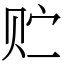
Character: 贮